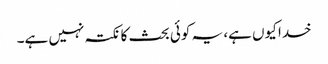
خدا کیوں ہے، یہ کوئی بحث کا نکتہ نہیں ہے۔